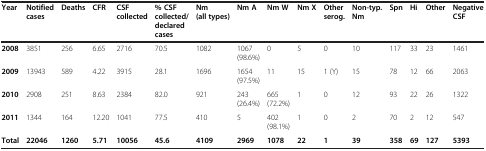
<table><thead><tr><td><b>Year</b></td><td><b>Notified cases</b></td><td><b>Deaths</b></td><td><b>CFR</b></td><td><b>CSF collected</b></td><td><b>% CSF collected/declared cases</b></td><td><b>Nm (all types)</b></td><td><b>Nm A</b></td><td><b>Nm W</b></td><td><b>Nm X</b></td><td><b>Other serog.</b></td><td><b>Non-typ. Nm</b></td><td><b>Spn</b></td><td><b>Hi</b></td><td><b>Other</b></td><td><b>Negative CSF</b></td></tr></thead><tbody><tr><td><b>2008</b></td><td>3851</td><td>256</td><td>6.65</td><td>2716</td><td>70.5</td><td>1082</td><td>1067 (98.6%)</td><td>0</td><td>5</td><td>0</td><td>10</td><td>117</td><td>33</td><td>23</td><td>1461</td></tr><tr><td><b>2009</b></td><td>13943</td><td>589</td><td>4.22</td><td>3915</td><td>28.1</td><td>1696</td><td>1654 (97.5%)</td><td>11</td><td>15</td><td>1 (Y)</td><td>15</td><td>78</td><td>12</td><td>66</td><td>2063</td></tr><tr><td><b>2010</b></td><td>2908</td><td>251</td><td>8.63</td><td>2384</td><td>82.0</td><td>921</td><td>243 (26.4%)</td><td>665 (72.2%)</td><td>1</td><td>0</td><td>12</td><td>93</td><td>22</td><td>26</td><td>1322</td></tr><tr><td><b>2011</b></td><td>1344</td><td>164</td><td>12.20</td><td>1041</td><td>77.5</td><td>410</td><td>5</td><td>402 (98.1%)</td><td>1</td><td>0</td><td>2</td><td>70</td><td>2</td><td>12</td><td>547</td></tr><tr><td><b>Total</b></td><td><b>22046</b></td><td><b>1260</b></td><td><b>5.71</b></td><td><b>10056</b></td><td><b>45.6</b></td><td><b>4109</b></td><td><b>2969</b></td><td><b>1078</b></td><td><b>22</b></td><td><b>1</b></td><td><b>39</b></td><td><b>358</b></td><td><b>69</b></td><td><b>127</b></td><td><b>5393</b></td></tr></tbody></table>